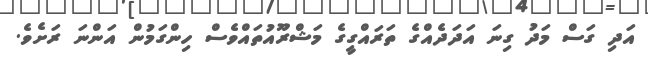
އަދި ގަސް މަދު ގިނަ އަދަދެއްގެ ތަރައްގީގެ މަޝްރޫއުތައްވެސް ހިންގަމުން އަންނަ ރަށެވެ.